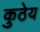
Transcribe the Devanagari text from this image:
कुठेय